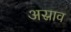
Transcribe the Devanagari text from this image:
अस्राव